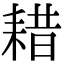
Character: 耤